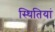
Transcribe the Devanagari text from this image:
स्‍थितियां